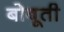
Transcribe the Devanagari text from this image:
बोबूती